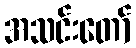
အသင်းတော်